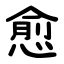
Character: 愈